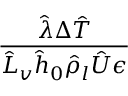
\frac { \hat { \lambda } \Delta \hat { T } } { \hat { L } _ { v } \hat { h } _ { 0 } \hat { \rho } _ { l } \hat { U } \epsilon }